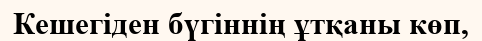
Кешегіден бүгіннің ұтқаны көп,